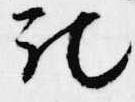
記